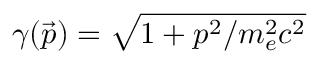
\gamma ( \vec { p } ) = \sqrt { 1 + p ^ { 2 } / m _ { e } ^ { 2 } c ^ { 2 } }